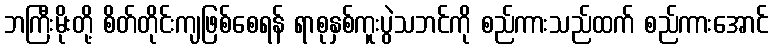
ဘကြီးမိုးတို့ စိတ်တိုင်းကျဖြစ်စေရန် ရာစုနှစ်ကူးပွဲသဘင်ကို စည်ကားသည်ထက် စည်ကားအောင်